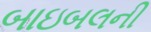
બાઇબલની